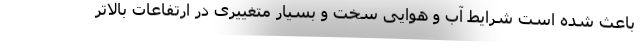
باعث شده است شرایط آب و هوایی سخت و بسیار متغییری در ارتفاعات بالاتر